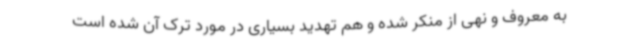
به معروف و نهی از منکر شده و هم تهدید بسیاری در مورد ترک آن شده است